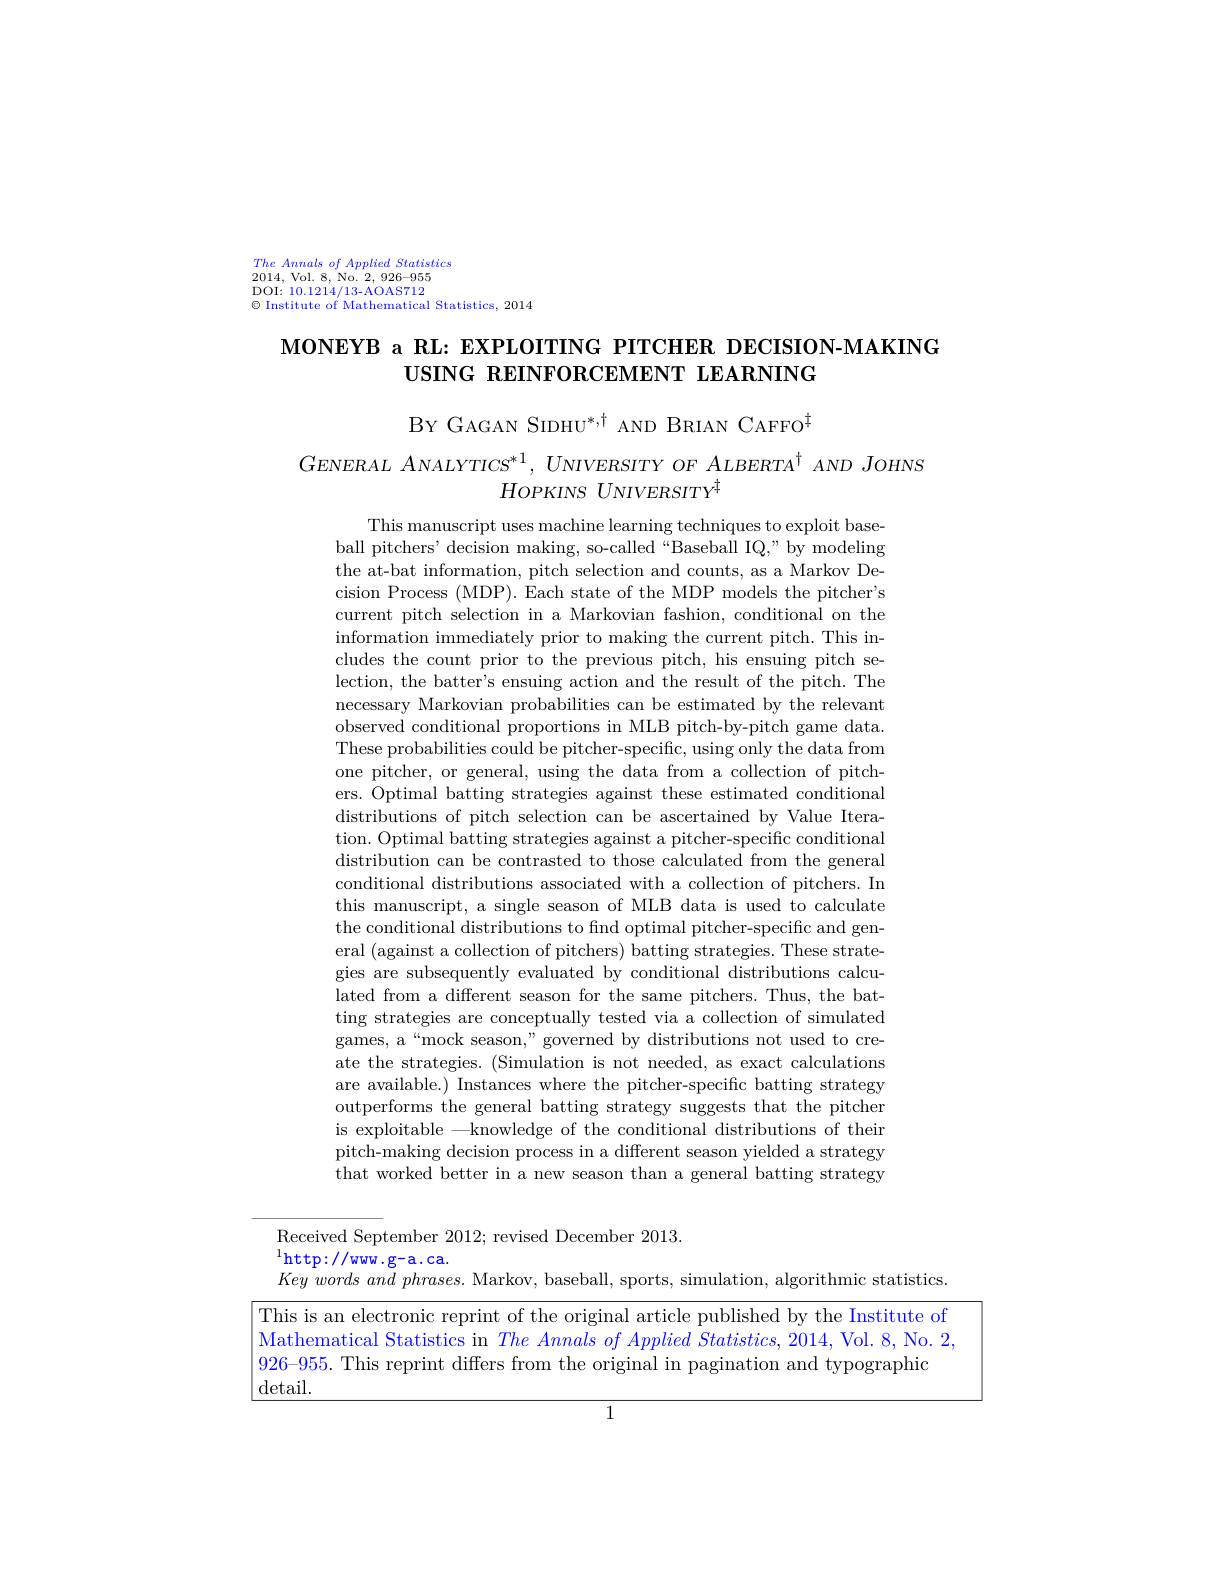
The Annals of Applied Statistics
2014,Vol. 8, No. 2,926-955 DOI: 10.1214/13-AOAS712 $\textcircled{\text{ Institute of Mathematical Statistics, 2014}}$

# MONEYB a RL: EXPLOITING PITCHER DECISION-MAKING USING REINFORCEMENT LEARNING

BY GAGAN SIDHU*,t AND BRIAN CAFFO$^{\ddagger}$

$G_{ENERAL}$ $ANALYTICS^{* 1}$, $UNIVERSITY$ $OF$ $ALBERTA^{\dagger }$ $AND$ $JOHNS$
$H_{OPKINS}U_{NIVERSITY^{\dagger}}$

This manuscript uses machine learning techniques to exploit baseball pitchers' decision making, so-called“Baseball IQ,”by modeling the at-bat information, pitch selection and counts, as a Markov Decision Process (MDP). Each state of the MDP models the pitcher's current pitch selection in a Markovian fashion, conditional on the information immediately prior to making the current pitch. This includes the count prior to the previous pitch, his ensuing pitch selection, the batter's ensuing action and the result of the pitch. The necessary Markovian probabilities can be estimated by the relevant observed conditional proportions in MLB pitch-by-pitch game data. These probabilities could be pitcher-specific, using only the data from one pitcher, or general, using the data from a collection of pitchers. Optimal batting strategies against these estimated conditional distributions of pitch selection can be ascertained by Value Iteration. Optimal batting strategies against a pitcher-specific conditional distribution can be contrasted to those calculated from the general conditional distributions associated with a collection of pitchers. In this manuscript, a single season of MLB data is used to calculate the conditional distributions to find optimal pitcher-specific and general (against a collection of pitchers) batting strategies. These strategies are subsequently evaluated by conditional distributions calculated from a different season for the same pitchers. Thus, the batting strategies are conceptually tested via a collection of simulated games, a“mock season,” governed by distributions not used to create the strategies. (Simulation is not needed, as exact calculations are available.) Instances where the pitcher-specific batting strategy outperforms the general batting strategy suggests that the pitcher is exploitable -knowledge of the conditional distributions of their pitch-making decision process in a different season yielded a strategy that worked better in a new season than a general batting strategy

Received September 2012; revised December 2013.
$^{1}$http://www$\cdot$g-a.ca.
$Key\textit{ words and phrases. Markov, baseball, sports, simulation, algorithmic statistics}$

This is an electronic reprint of the original article published by the Institute of Mathematical Statistics in $The\textit{ Annals of Applied Statistics, 2014, Vol. 8, No. 2, }$ 926-955. This reprint differs from the original in pagination and typographic
detail.

<FigureHere>